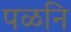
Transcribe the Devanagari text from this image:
पळनि